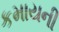
કમાયની